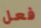
فعل